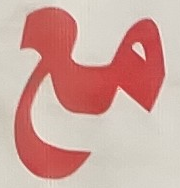
مع